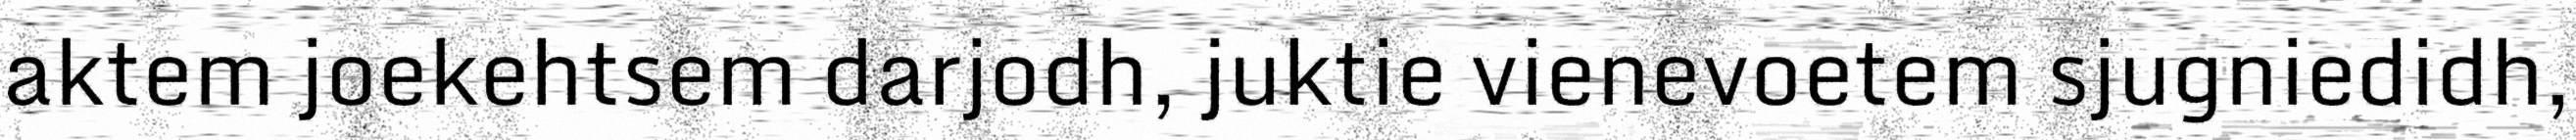
aktem joekehtsem darjodh, juktie vienevoetem sjugniedidh,